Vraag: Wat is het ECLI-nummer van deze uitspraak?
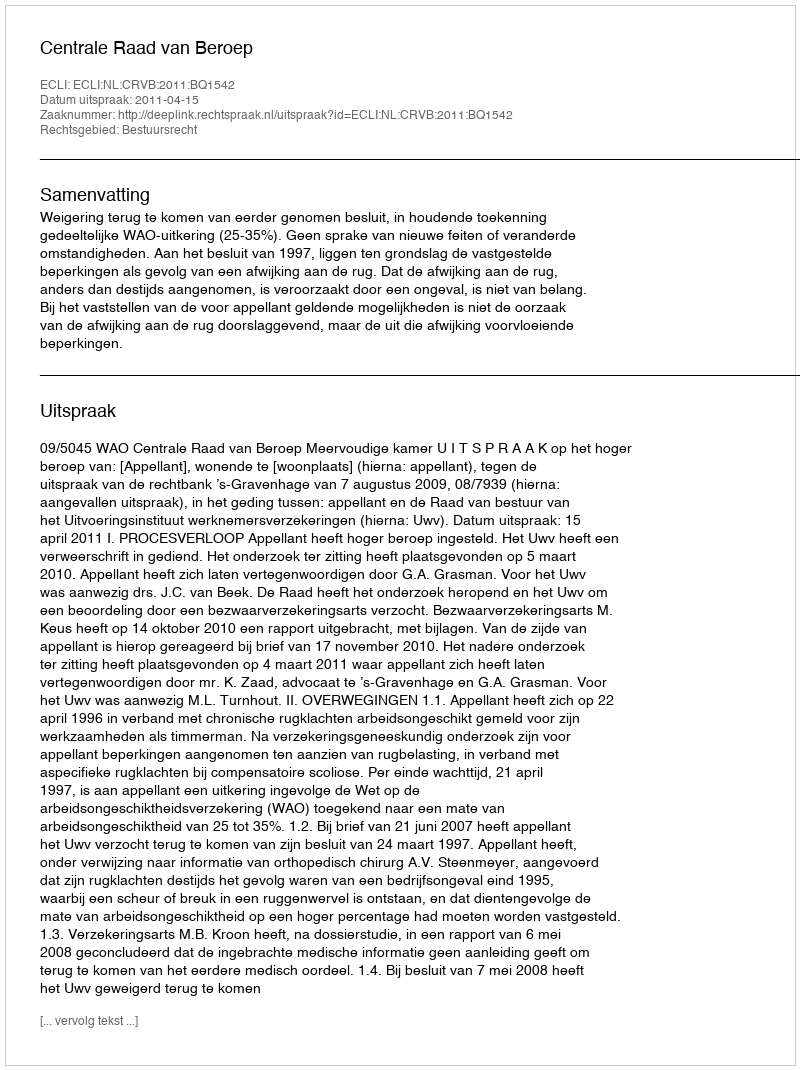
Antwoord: ECLI:NL:CRVB:2011:BQ1542